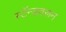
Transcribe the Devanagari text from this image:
स्टॅन्डवरून